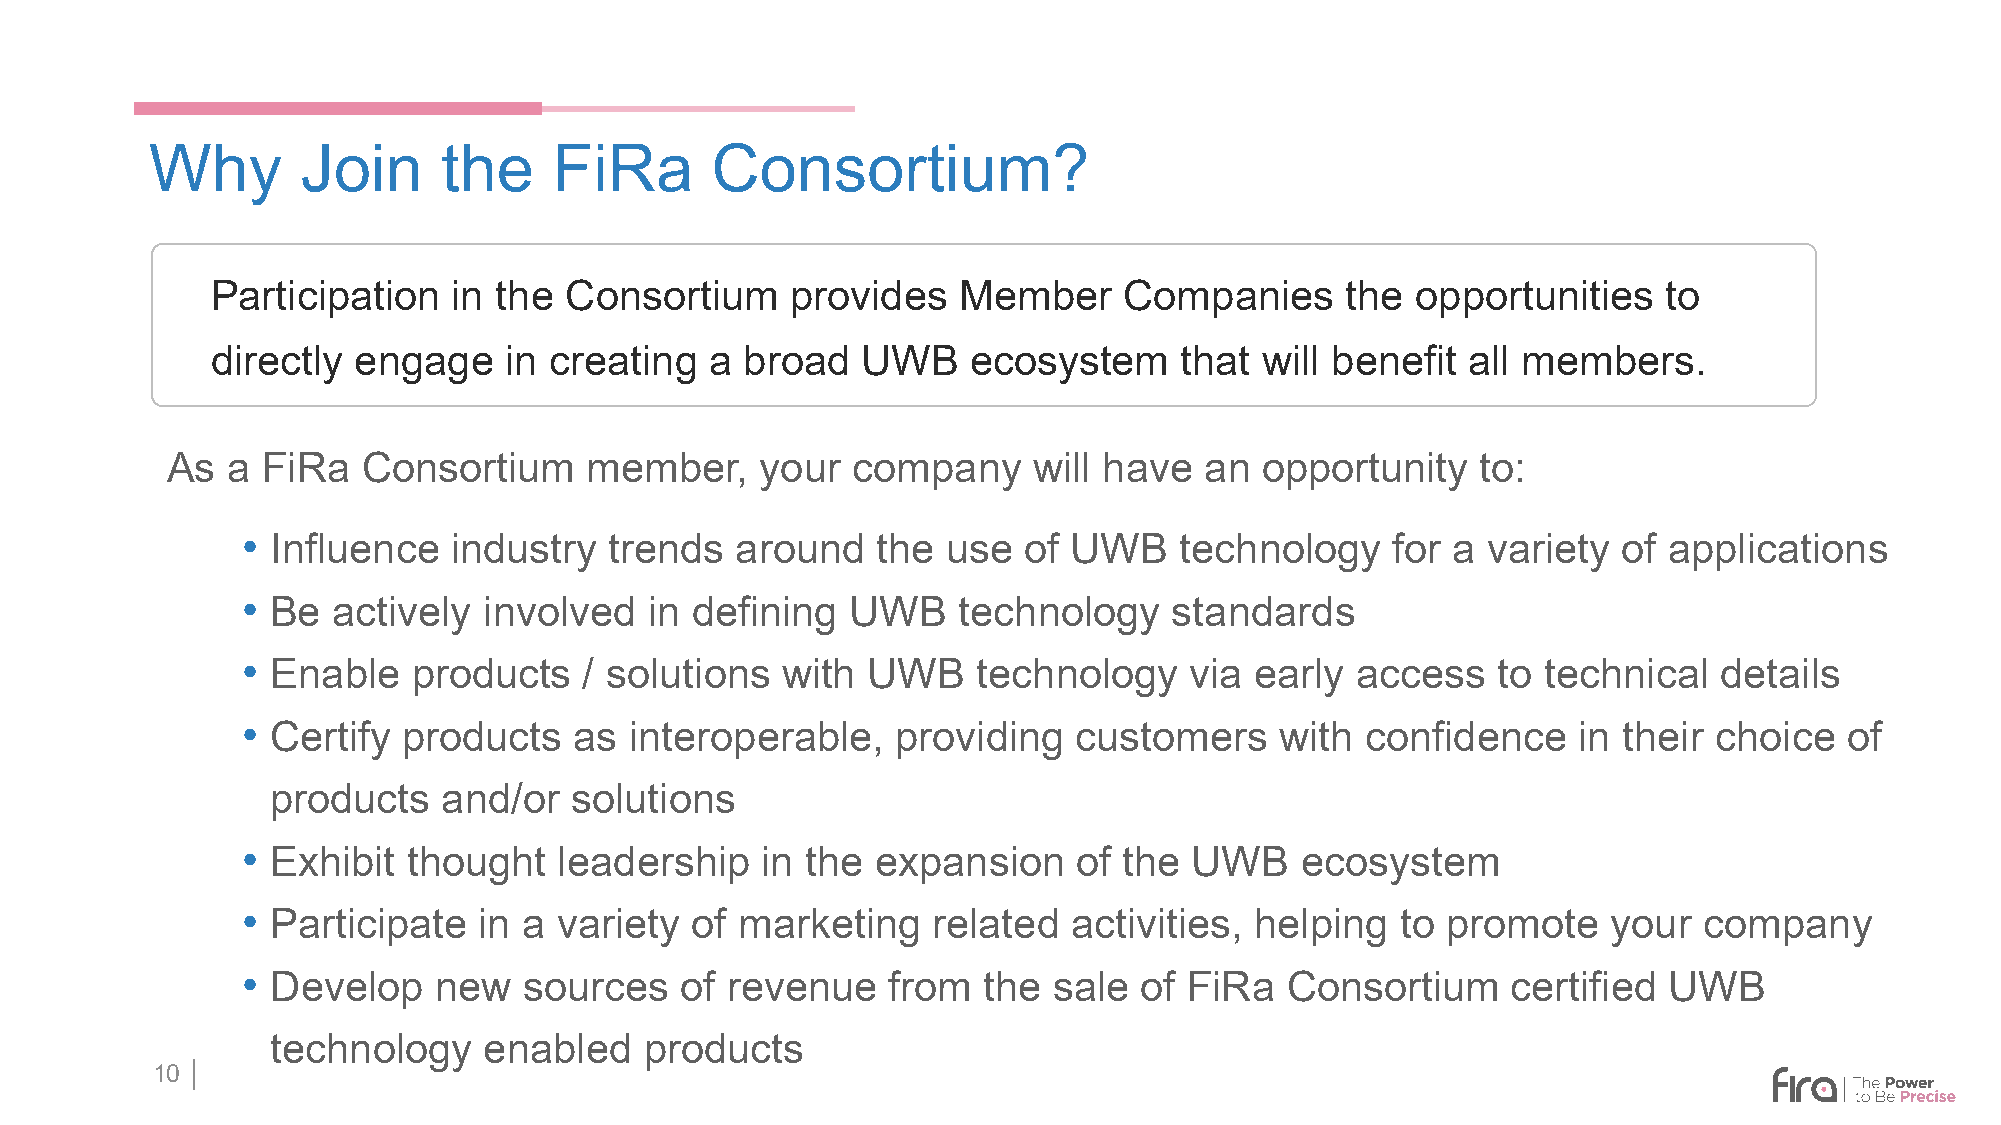
Why       Join     the     FiRa      Consortium?
 Participation   in the Consortium     provides   Member     Companies      the  opportunities   to
 directly engage    in creating   a broad   UWB    ecosystem     that will benefit  all members.
 As  a FiRa   Consortium     member,    your  company     will have   an  opportunity   to:
 • Influence   industry  trends   around   the  use  of UWB    technology    for a variety  of applications
 • Be  actively  involved   in defining  UWB    technology     standards
 • Enable   products    / solutions  with UWB     technology    via early  access   to technical   details
 • Certify  products   as  interoperable,   providing   customers     with confidence    in their choice   of
 products   and/or   solutions
 • Exhibit  thought   leadership   in the  expansion    of the  UWB    ecosystem
 • Participate   in a variety  of marketing    related  activities, helping   to promote    your  company
 • Develop    new   sources   of revenue    from  the  sale of  FiRa  Consortium     certified UWB
 technology    enabled    products
 10 │